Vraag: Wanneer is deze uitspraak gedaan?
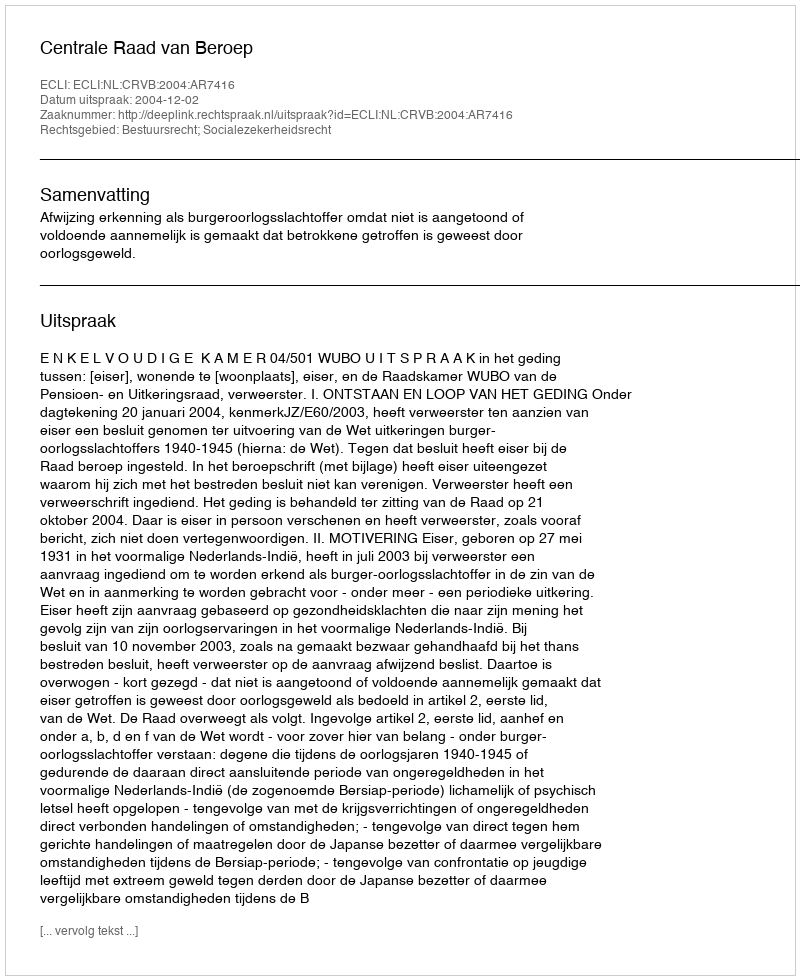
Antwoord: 2004-12-02